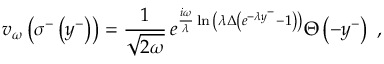
v _ { \omega } \left( \sigma ^ { - } \left( y ^ { - } \right) \right) = { \frac { 1 } { \sqrt { 2 \omega } } } \, e ^ { { \frac { i \omega } { \lambda } } \ln { \left( \lambda \Delta \left( e ^ { - \lambda y ^ { - } } - 1 \right) \right) } } \Theta \left( - y ^ { - } \right) \; ,